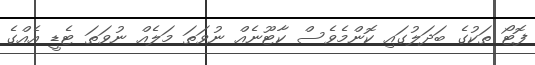
ފޮޓޯ ތަކުގެ ބަދަލުގައި ކޮންމެވެސް ކާޓޫނެއް ނުވަތަ މަލެއް ނުވަތަ ޓެޑީ އެއްގެ